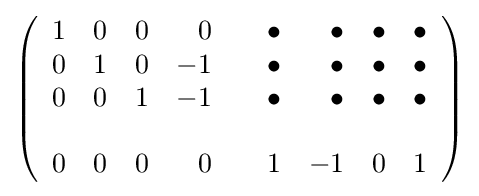
\left({\begin{array}{rrrrrrrrr}1&0&0&0&&\bullet &\bullet &\bullet &\bullet \\0&1&0&-1&&\bullet &\bullet &\bullet &\bullet \\0&0&1&-1&&\bullet &\bullet &\bullet &\bullet \\\\0&0&0&0&&1&-1&0&1\end{array}}\right)